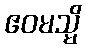
ဧဝမသ္မိ